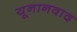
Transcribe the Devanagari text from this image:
यूनानवाद